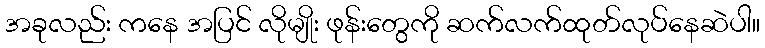
အခုလည်း ကနေ အပြင် လိုမျိုး ဖုန်းတွေကို ဆက်လက်ထုတ်လုပ်နေဆဲပါ။